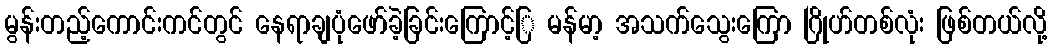
မွန်းတည့်ကောင်းကင်တွင် နေရာချပုံဖော်ခဲ့ခြင်းကြောင့်ြ မန်မာ့ အသက်သွေးကြော ဂြိုဟ်တစ်လုံး ဖြစ်တယ်လို့